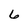
Character: 6